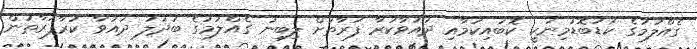
ގެއްލުމުގެ ކުޑަބޮޑުމިނަކީ ކޮބައިކަމާއި ދައުވާކުރާ ފަރާތަށް ލިބިނު ގެއްލުމުގެ ބަދަލު ދައުވާ ކުރާފަރާތުން